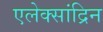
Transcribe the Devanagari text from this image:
एलेक्सांद्रिन